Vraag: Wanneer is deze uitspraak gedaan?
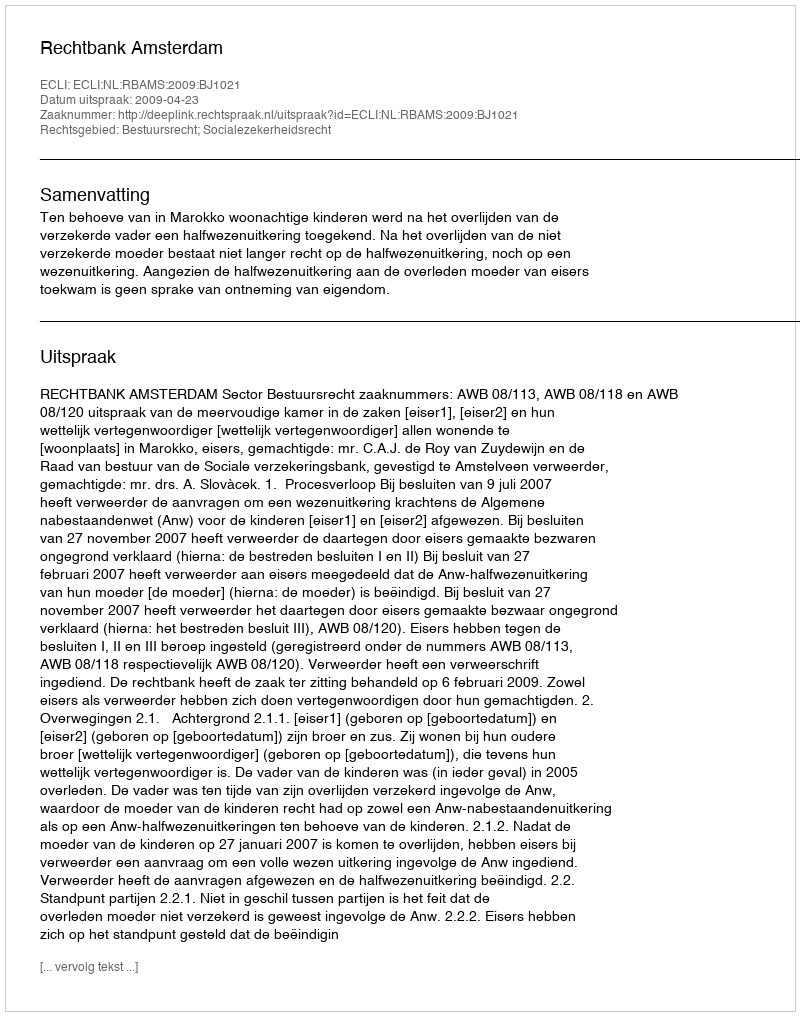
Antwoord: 2009-04-23